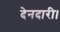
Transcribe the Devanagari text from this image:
देनदारी।